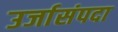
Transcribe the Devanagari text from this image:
उर्जासंपदा